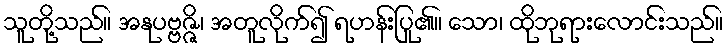
သူတို့သည်။ အနုပဗ္ဗဇ္ဇိ၊ အတူလိုက်၍ ရဟန်းပြု၏။ သော၊ ထိုဘုရားလောင်းသည်။